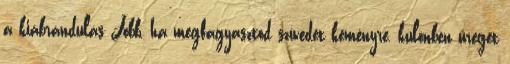
a kiábrándulás Jobb, ha megfagyasztod szívedet keményre, különben üreget